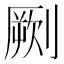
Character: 劂